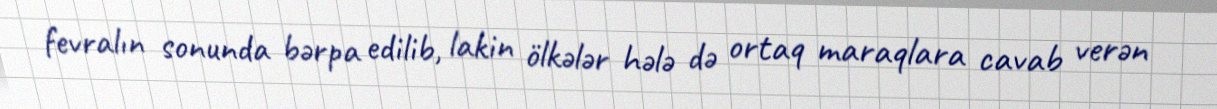
fevralın sonunda bərpa edilib, lakin ölkələr hələ də ortaq maraqlara cavab verən